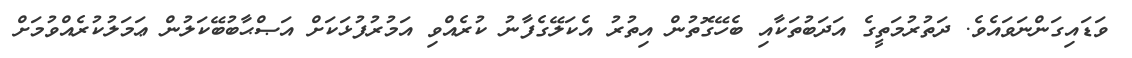
ވަޑައިގަންނަވައެވެ. ދަތުރުމަތީގެ އަދަބުތަކާއި ބެހޭގޮތުން އިތުރު އެކަލޭގެފާނު ކުރެއްވި އަމުރުފުޅަކަށް އަޞްޙާބުބޭކަލުން ޢަމަލުކުރެއްވުމަށް